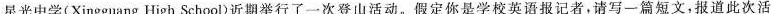
星光中学(Xingguang High School)近期举行了一次登山活动。假定你是学校英语报记者，请写一篇短文，报道此次活